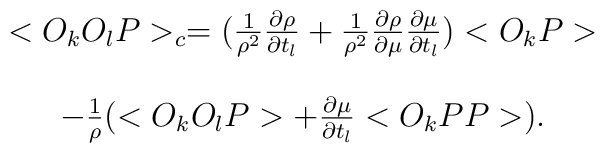
\begin{array}{c}<O_{k}O_{l}P>_{c} = ( \frac{1}{\rho ^{2}} \frac{\partial \rho}{\partial t_{l}} + \frac{1}{\rho ^{2}} \frac{\partial \rho}{\partial \mu} \frac{\partial \mu}{\partial t_{l}} )<O_{k}P>  \\ \\- \frac{1}{\rho} (<O_{k}O_{l}P> + \frac{\partial \mu}{\partial t_{l}}<O_{k} PP>). \end{array}